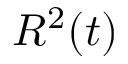
R ^ { 2 } ( t )